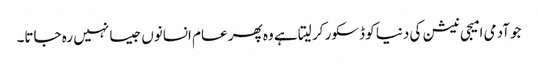
جو آدمی امیجی نیشن کی دنیا کو ڈسکور کر لیتا ہے وہ پھر عام انسانوں جیسا نہیں رہ جاتا۔